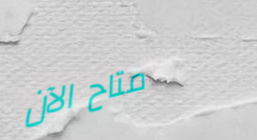
متاح الآن